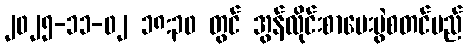
၂၀၂၅-၁၁-၀၂ ၁၈:၃၀ တွင် အွန်လိုင်းစာမေးပွဲစတင်မည်